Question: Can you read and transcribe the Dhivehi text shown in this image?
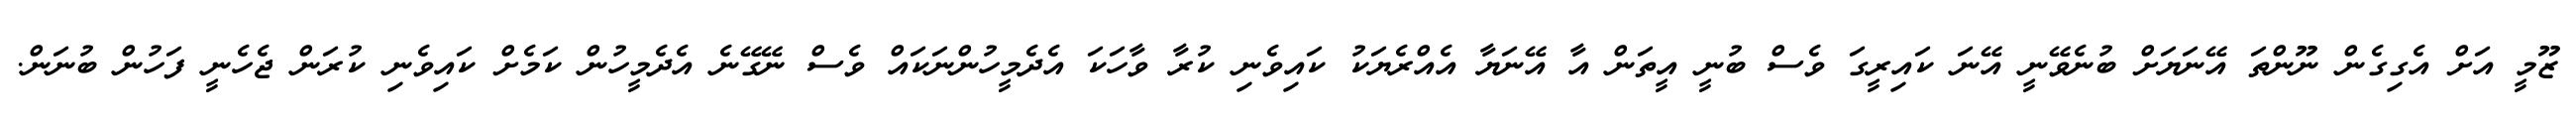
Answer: ޒޫމީ އަށް އެގިގެން ނޫންތަ އޭނަޔަށް ބުނެވޭނީ އޭނަ ކައިރީގަ ވެސް ބުނީ އީތަން އާ އޭނަޔާ އެއްރެޔަކު ކައިވެނި ކުރާ ވާހަކަ އެދެމީހުންނަކައް ވެސް ނޭގޭނެ އެދެމީހުން ކަމެށް ކައިވެނި ކުރަން ޖެހެނީ ފަހުން ބުނަން.